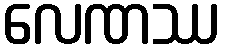
လေဏဿ